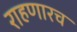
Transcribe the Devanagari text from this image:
राहणारच